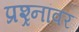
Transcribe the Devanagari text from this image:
प्रश्र्नांवर